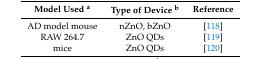
| Model Used a | Type of Device b | Reference |
 | --- | --- | --- |
 | AD model mouse | nZnO, bZnO | [118] |
 | RAW 264.7 | ZnO QDs | [119] |
 | mice | ZnO QDs | [120] |